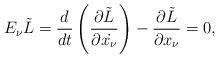
LaTeX: \begin{align*}E_\nu\tilde{L}=\displaystyle\dfrac{d}{dt}\left(\dfrac{\partial\tilde{L}}{\partial\dot{{x}_\nu}}\right)-\dfrac{\partial\tilde{L}}{\partial{{x}_\nu}}=0,\end{align*}